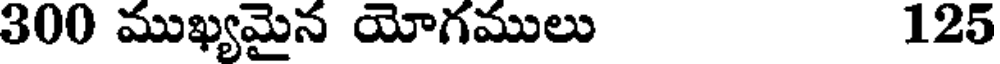
300 ముఖ్యమైన యోగములు 125